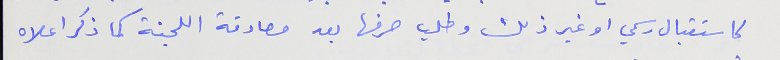
كاستقبال رسمي او غير ذلك وطلب صرفها بعد مصادقة اللجنة كما ذكر اعلاه